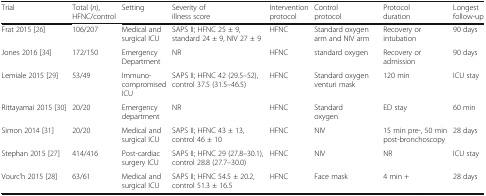
<table><thead><tr><td><b>Trial</b></td><td><b>Total (<i>n</i>), HFNC/control</b></td><td><b>Setting</b></td><td><b>Severity of illness score</b></td><td><b>Intervention protocol</b></td><td><b>Control protocol</b></td><td><b>Protocol duration</b></td><td><b>Longest follow-up</b></td></tr></thead><tbody><tr><td>Frat 2015 [26]</td><td>106/207</td><td>Medical and surgical ICU</td><td>SAPS II; HFNC 25 ± 9, standard 24 ± 9, NIV 27 ± 9</td><td>HFNC</td><td>Standard oxygen arm and NIV arm</td><td>Recovery or intubation</td><td>90 days</td></tr><tr><td>Jones 2016 [34]</td><td>172/150</td><td>Emergency Department</td><td>NR</td><td>HFNC</td><td>standard oxygen</td><td>Recovery or admission</td><td>90 days</td></tr><tr><td>Lemiale 2015 [29]</td><td>53/49</td><td>Immuno-compromised ICU</td><td>SAPS II; HFNC 42 (29.5–52), control 37.5 (31.5–46.5)</td><td>HFNC</td><td>Standard oxygen venturi mask</td><td>120 min</td><td>ICU stay</td></tr><tr><td>Rittayamai 2015 [30]</td><td>20/20</td><td>Emergency department</td><td>NR</td><td>HFNC</td><td>Standard oxygen</td><td>ED stay</td><td>60 min</td></tr><tr><td>Simon 2014 [31]</td><td>20/20</td><td>Medical and surgical ICU</td><td>SAPS II; HFNC 43 ± 13, control 46 ± 10</td><td>HFNC</td><td>NIV</td><td>15 min pre-, 50 min post-bronchoscopy</td><td>28 days</td></tr><tr><td>Stephan 2015 [27]</td><td>414/416</td><td>Post-cardiac surgery ICU</td><td>SAPS II; HFNC 29 (27.8–30.1), control 28.8 (27.7–30.0)</td><td>HFNC</td><td>NIV</td><td>NR</td><td>ICU stay</td></tr><tr><td>Vourc’h 2015 [28]</td><td>63/61</td><td>Medical and surgical ICU</td><td>SAPS II; HFNC 54.5 ± 20.2, control 51.3 ± 16.5</td><td>HFNC</td><td>Face mask</td><td>4 min +</td><td>28 days</td></tr></tbody></table>